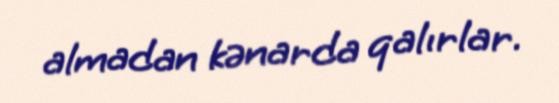
almadan kənarda qalırlar.